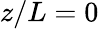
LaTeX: z/L=0